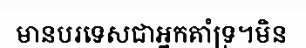
មានបរទេសជាអ្នកគាំទ្រ។មិន